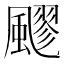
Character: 飂